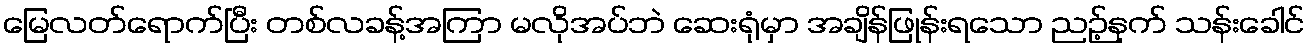
မြေလတ်ရောက်ပြီး တစ်လခန့်အကြာ မလိုအပ်ဘဲ ဆေးရုံမှာ အချိန်ဖြုန်းရသော ညဉ့်နက် သန်းခေါင်